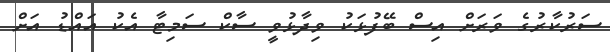
ސަރުކާރުގެ ވަރަށް އިސް ބޭފުޅަކު ވިދާޅުވީ ސާކް ސަމިޓާ އެކު އައްޑު އަށް